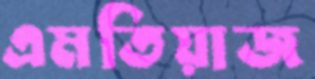
এমতিয়াজ